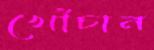
খোঁচান